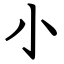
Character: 小